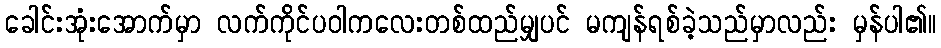
ခေါင်းအုံးအောက်မှာ လက်ကိုင်ပဝါကလေးတစ်ထည်မျှပင် မကျန်ရစ်ခဲ့သည်မှာလည်း မှန်ပါ၏။